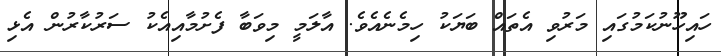
ހައިހޫނުކަމުގައި މަރުވި އެތައް ބަޔަކު ހިމެނެއެވެ. އާލަމީ މިވަބާ ފެށުމާއިއެކު ސަރުކާރުން އެޅި